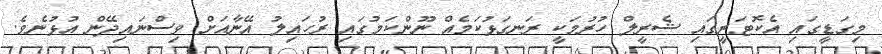
މިގަޑީގައި އެކޮޓަރީގައި ޝެރީލް ހުރުމަކީ ރަނގަޅުކަމެއް ނޫންކަމުގައި ރުހައިލު އޭނާއަށް ވިސްނައިދޭން އުޅުނެވެ.